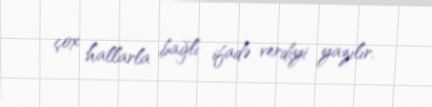
çox hallarla bağlı ifadə verdiyi yazılır.